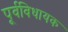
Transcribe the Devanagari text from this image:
पूर्वविधायक